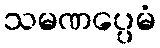
သမဏပ္ပေမံ